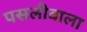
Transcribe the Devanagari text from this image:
पसलीवाला